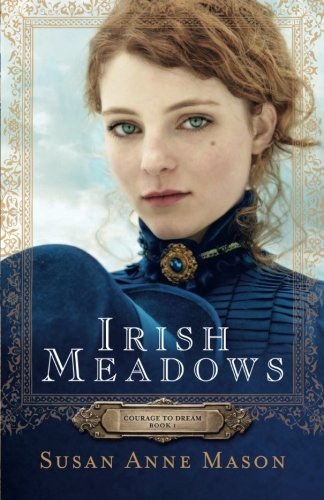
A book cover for Irish Meadows (Courage to Dream); Susan Anne Mason; Romance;